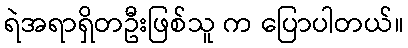
ရဲအရာရှိတဦးဖြစ်သူ က ပြောပါတယ်။